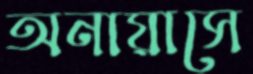
অনায়াসে